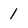
Character: 1